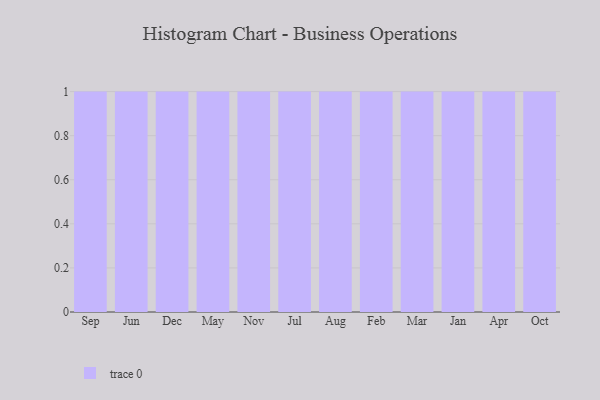
{"axis": {"x": "Month", "y": "LTV (USD)"}, "legend": [""], "data": [{"x": "Sep", "y": 79, "type": ""}, {"x": "Jun", "y": 70, "type": ""}, {"x": "Dec", "y": 93, "type": ""}, {"x": "May", "y": 71, "type": ""}, {"x": "Nov", "y": 21, "type": ""}, {"x": "Jul", "y": 69, "type": ""}, {"x": "Aug", "y": 58, "type": ""}, {"x": "Feb", "y": 94, "type": ""}, {"x": "Mar", "y": 69, "type": ""}, {"x": "Jan", "y": 10, "type": ""}, {"x": "Apr", "y": 17, "type": ""}, {"x": "Oct", "y": 23, "type": ""}]}